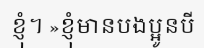
ខ្ញុំ។ »ខ្ញុំមានបងប្អូនបី